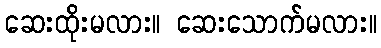
ဆေးထိုးမလား။ ဆေးသောက်မလား။